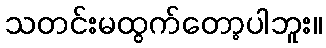
သတင်းမထွက်တော့ပါဘူး။